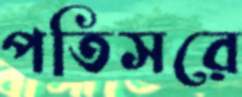
পতিসরে